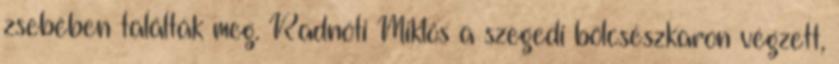
zsebében találták meg. Radnóti Miklós a szegedi bölcsészkaron végzett,